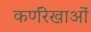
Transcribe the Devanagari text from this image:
कर्णरेखाओं